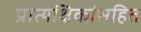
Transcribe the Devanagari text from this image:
प्रात्यक्षिकांसहित